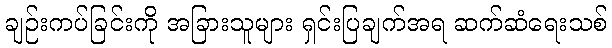
ချဉ်းကပ်ခြင်းကို အခြားသူများ ရှင်းပြချက်အရ ဆက်ဆံရေးသစ်